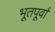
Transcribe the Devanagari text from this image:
भूतपूर्वा